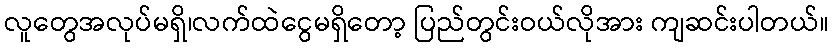
လူတွေအလုပ်မရှိ၊လက်ထဲငွေမရှိတော့ ပြည်တွင်းဝယ်လိုအား ကျဆင်းပါတယ်။